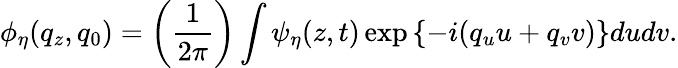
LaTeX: \phi_{\eta}(q_{z},q_{0})=\left({\frac{1}{2\pi}}\right)\int\psi_{\eta}(z,t)\exp{\left\{ -i(q_{u}u+q_{v}v)\right\} }dudv.